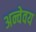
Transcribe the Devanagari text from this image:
अन्वेवय